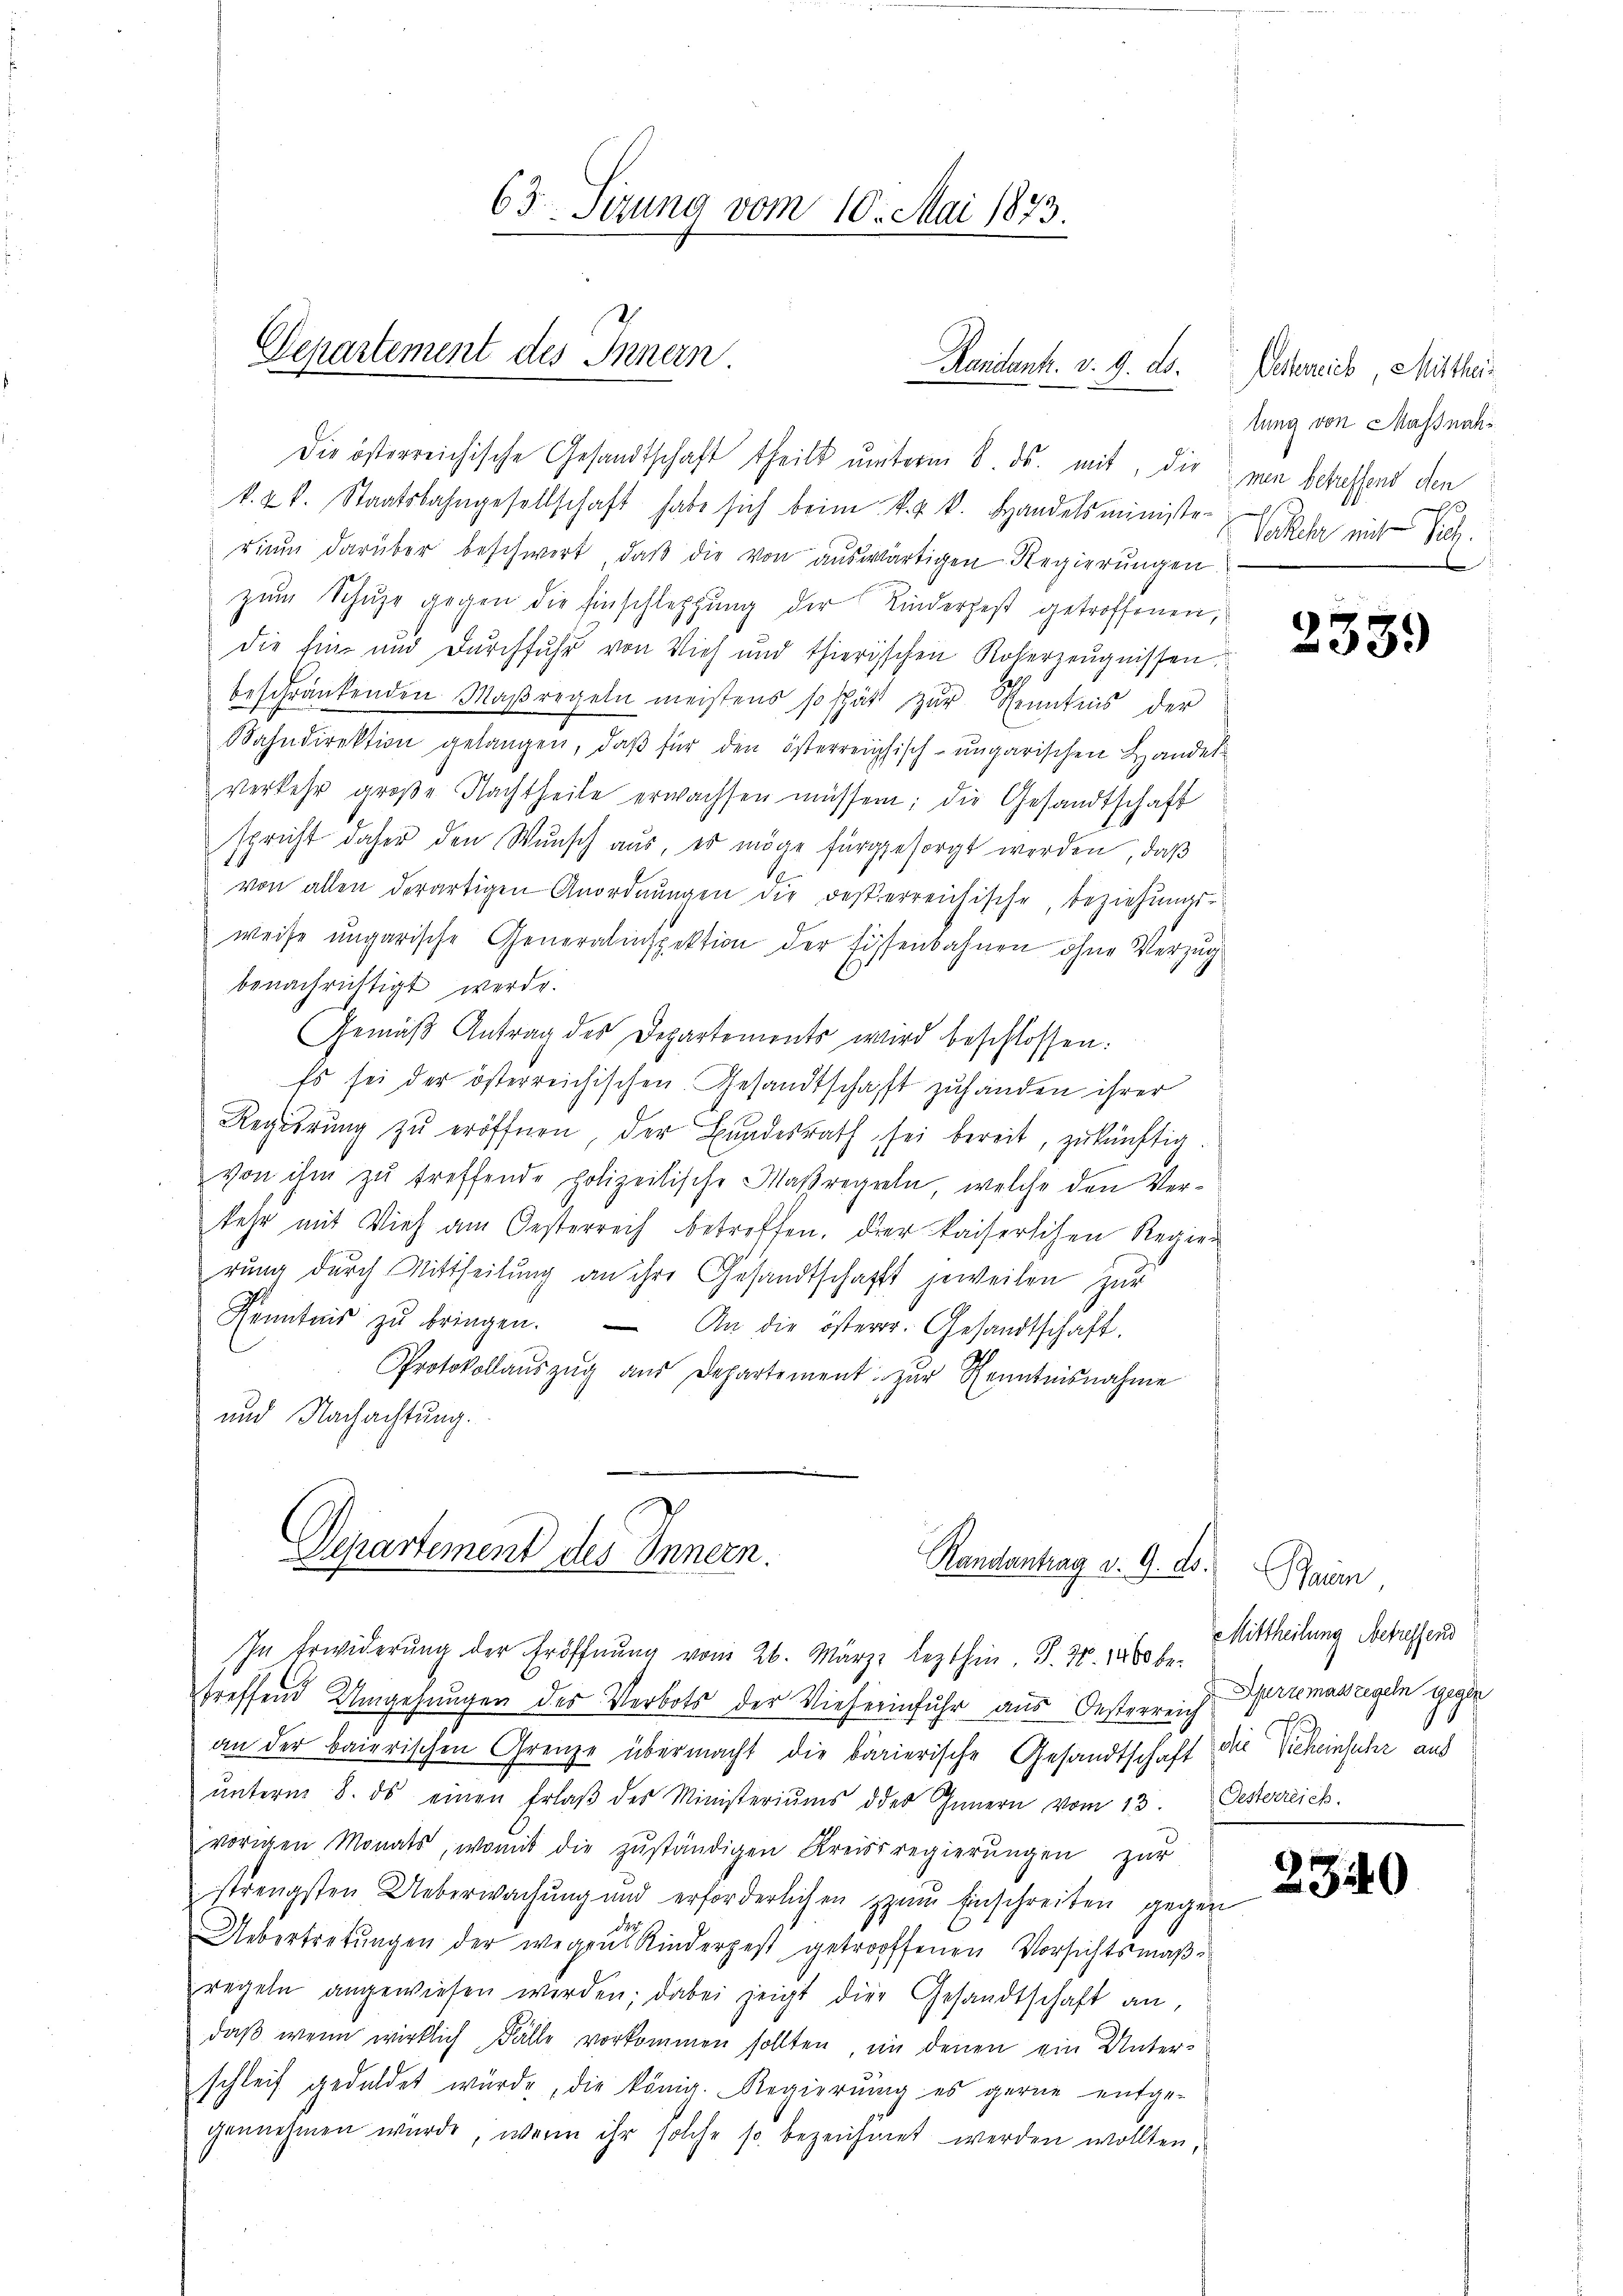
63 Sizung vom 10. Mai 1873
Departement des Innern
Randantr. v. 9. ds.

Die österreichische Gesandtschaft theilt ŭnterm 8. ds. mit, die man betreffend den
k. Kt. Staatsbahngesellschaft habe sich beim k. k. k. Handelsministrich mit Sich
riŭm darüber beschwert, daβ die von aŭswärtigen Regierŭngen
zum Schuhe gegen die Einschleppung der Kinderzest getroffenen,
die Ein und Durchfuhr von Vieh und thierischen Koberzeugnissen.
beschränkenden Maßregeln meistens so schäft zŭr Kenntnis der
Bahndirektion gelangen, daβ für den österreichisch-ungarischen Handel
verkehr groβe Nachtheile erwachsen müssen; die Gesandtschaft
spricht daher den Wŭnsch aŭs, es möge fürggesorgt werden, daβ
von allen derartigen Anordnungen die desserreichische, beziehungs-
weise ungarische Generalinspektion der Eisenbahnen ohne Verzug
benachrichtigt werde.
Gemäβ Antrag des Departements wird beschlossen:
Es sei der österreichischen Gesandtschafft zuhanden ihrer
Regierung zŭ eröffnen der Bundesrath sei bereit, zukünftig.
von ihm zu treffende polizeitische Maßregeln, welche den Verkehr mit Vieh am Oesterreich betreffen. Der kaiserlichen Regier
rung durch Mittheilung an ihre Gesandtschaft jeweilen zur
Kenntnis zŭ bringen. An die österr. Gesandtschaft.
Protokollaŭszŭg aŭs Departement zur Kenntnisnahme
und Nachachtung.

Departement des Innern.
Randantrag v. 9. ds.
In Erwiderung der Eröffnung vom 26. März lezthin, S. 30. 1860 be-

treffend Umgehungen des Verbots der Vieherinfuhr aus Oesterreich primasregeln gegen
an der baierischen Grenze übermacht die barierische Gesandtschaft die Sicheinfuhr aus
ŭnterm 8. ds einen Erlaβ des Ministeriŭms des Innern vom 13. Oesterreich
vorigen Monats, womit die zŭständigen Kreisregierŭngen zur
strengsten Ueberwachung und erforderlichen zum Einschreiben gegen
Uebertretungen der wegen Kinderpest getroffenen Vorsichtsmaßregeln angewiesen werden; dabei zeigt die Gesandtschaft an,
daβ wenn wirklich Fälle vorkommen sollten, in denen ein Unter-
schleif geduldet würde, die könig. Regierŭng es gerne entge-
genehmen wurde, wenn ihr solche so bezeichnet werden wollten.

Elsterreich, Mittheitung von Massnahd

2339

Baun,
Mittheilung betreffend

2340